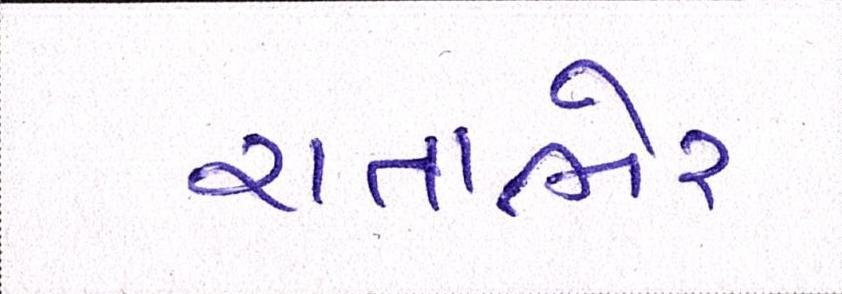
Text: રાતાભેર